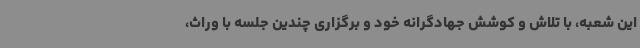
این شعبه، با تلاش و کوشش جهادگرانه خود و برگزاری چندین جلسه با وراث،